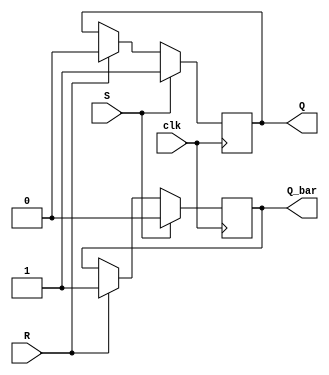
module sr_ff (
    input wire S, R, clk,
    output reg Q, Q_bar
);

    always @(posedge clk) begin
        if (S) begin
            Q <= 1;
            Q_bar <= 0;
        end else if (R) begin
            Q <= 0;
            Q_bar <= 1;
        end
    end

endmodule